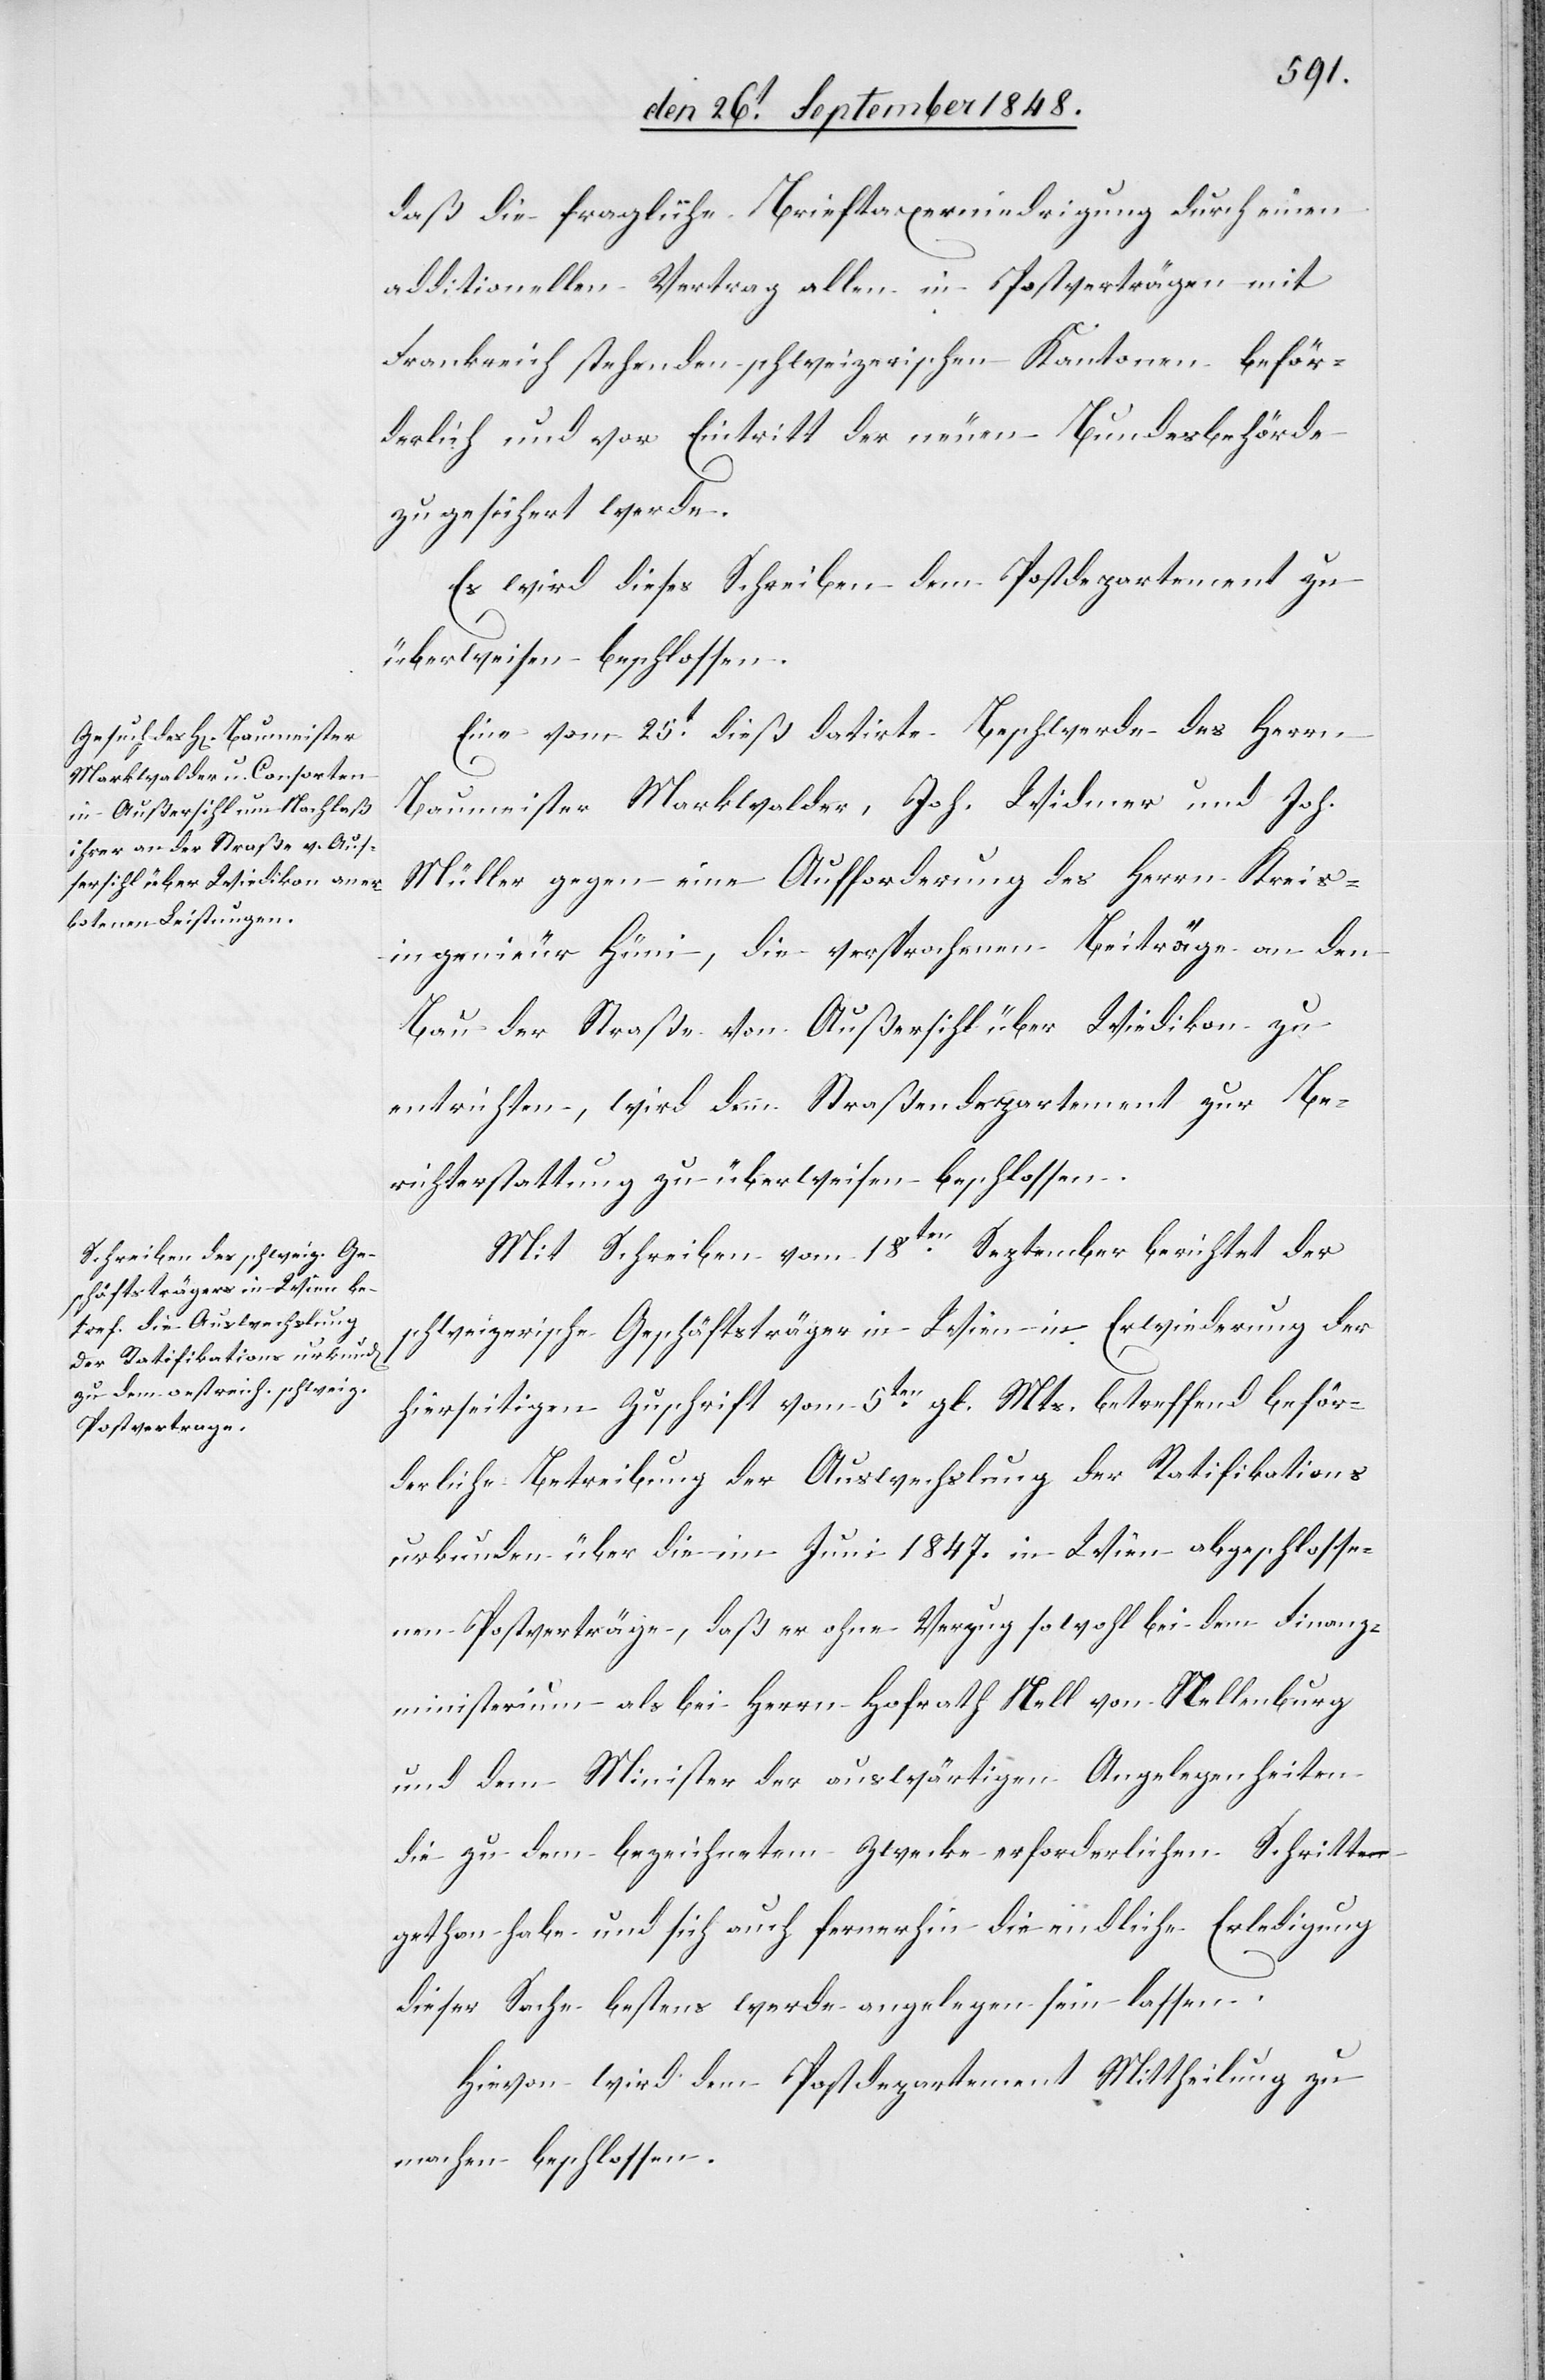
daß die fragliche Brieftaxerniedrigung durch einen
additionellen Vertrag allen in Postverträgen mit
Frankreich stehenden schweizerischen Kantonen beför¬
derliche und vor Eintritt der neuen Bundesbehörde
zugesichert werde.
Es wird dieses Schreiben dem Postdepartement zu
überweisen beschlossen.
Eine vom 25t. dieß datirte Beschwerde des Herrn
Baumeister Markwalder, Joh. Widmer und Joh.
Müller gegen eine Aufforderung des Herrn Kreis¬
ingenieur Hüni, die versprochenen Beiträge an den
Bau der Straße von Außersihl über Wiedikon zu
entrichten, wird dem Straßendepartement zur Be¬
richterstattung zu überweisen beschlossen.
Mit Schreiben vom 18ten. September berichtet der
schweizerische Geschäftsträger in Wien in Erwiederung der
hierseitigen Zuschrift vom 5ten. gl. Mts. betreffend beför¬
derliche Betreibung der Auswechslung der Ratifikations¬
urkunden über die im Juni 1847. in Wien abgeschlosse¬
nen Postverträge, daß er ohne Verzug sowohl bei dem Finanz¬
ministerium – als bei dem bezeichnetem Zwecke
gethan habe und sich auch fernerhin die endliche Erledigung
dieser Sache bestens werde angelegen sein lassen.
Hievon wird dem Postdepartement Mittheilung zu
machen beschlossen.